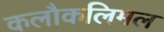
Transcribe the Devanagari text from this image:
कलौकलिमल